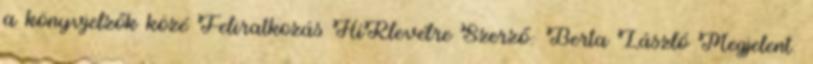
a könyvjelzők közé Feliratkozás HíRlevélre Szerző: Berta László Megjelent: